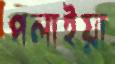
পলাইয়া